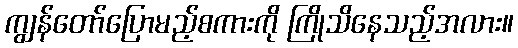
ကျွန်တော်ပြောမည့်စကားကို ကြိုသိနေသည့်အလား။